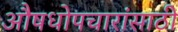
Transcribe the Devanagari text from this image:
औषधोपचारांसाठी